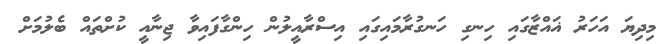
މިދިޔަ އަހަރު ޣައްޒާގައި ހިނގި ހަނގުރާމައިގައި އިސްރާއީލުން ހިންގާފައިވާ ޖިނާއީ ކުށްތައް ބެލުމަށް